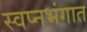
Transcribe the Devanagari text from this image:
स्वप्नभंगात